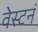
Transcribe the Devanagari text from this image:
वेस्टनं